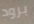
برود